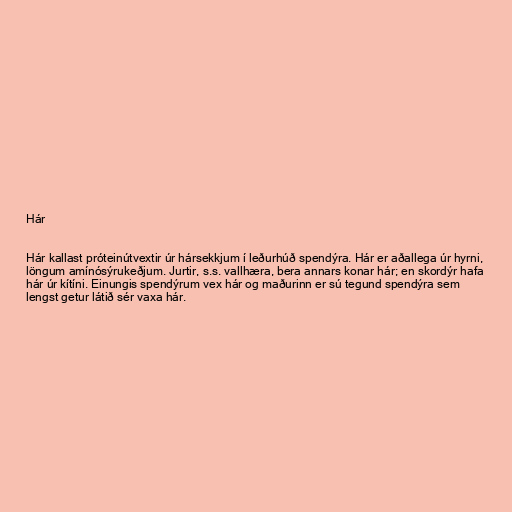
Hár

Hár kallast próteinútvextir úr hársekkjum í leðurhúð spendýra. Hár er aðallega úr hyrni,
löngum amínósýrukeðjum. Jurtir, s.s. vallhæra, bera annars konar hár; en skordýr hafa
hár úr kítíni. Einungis spendýrum vex hár og maðurinn er sú tegund spendýra sem
lengst getur látið sér vaxa hár.